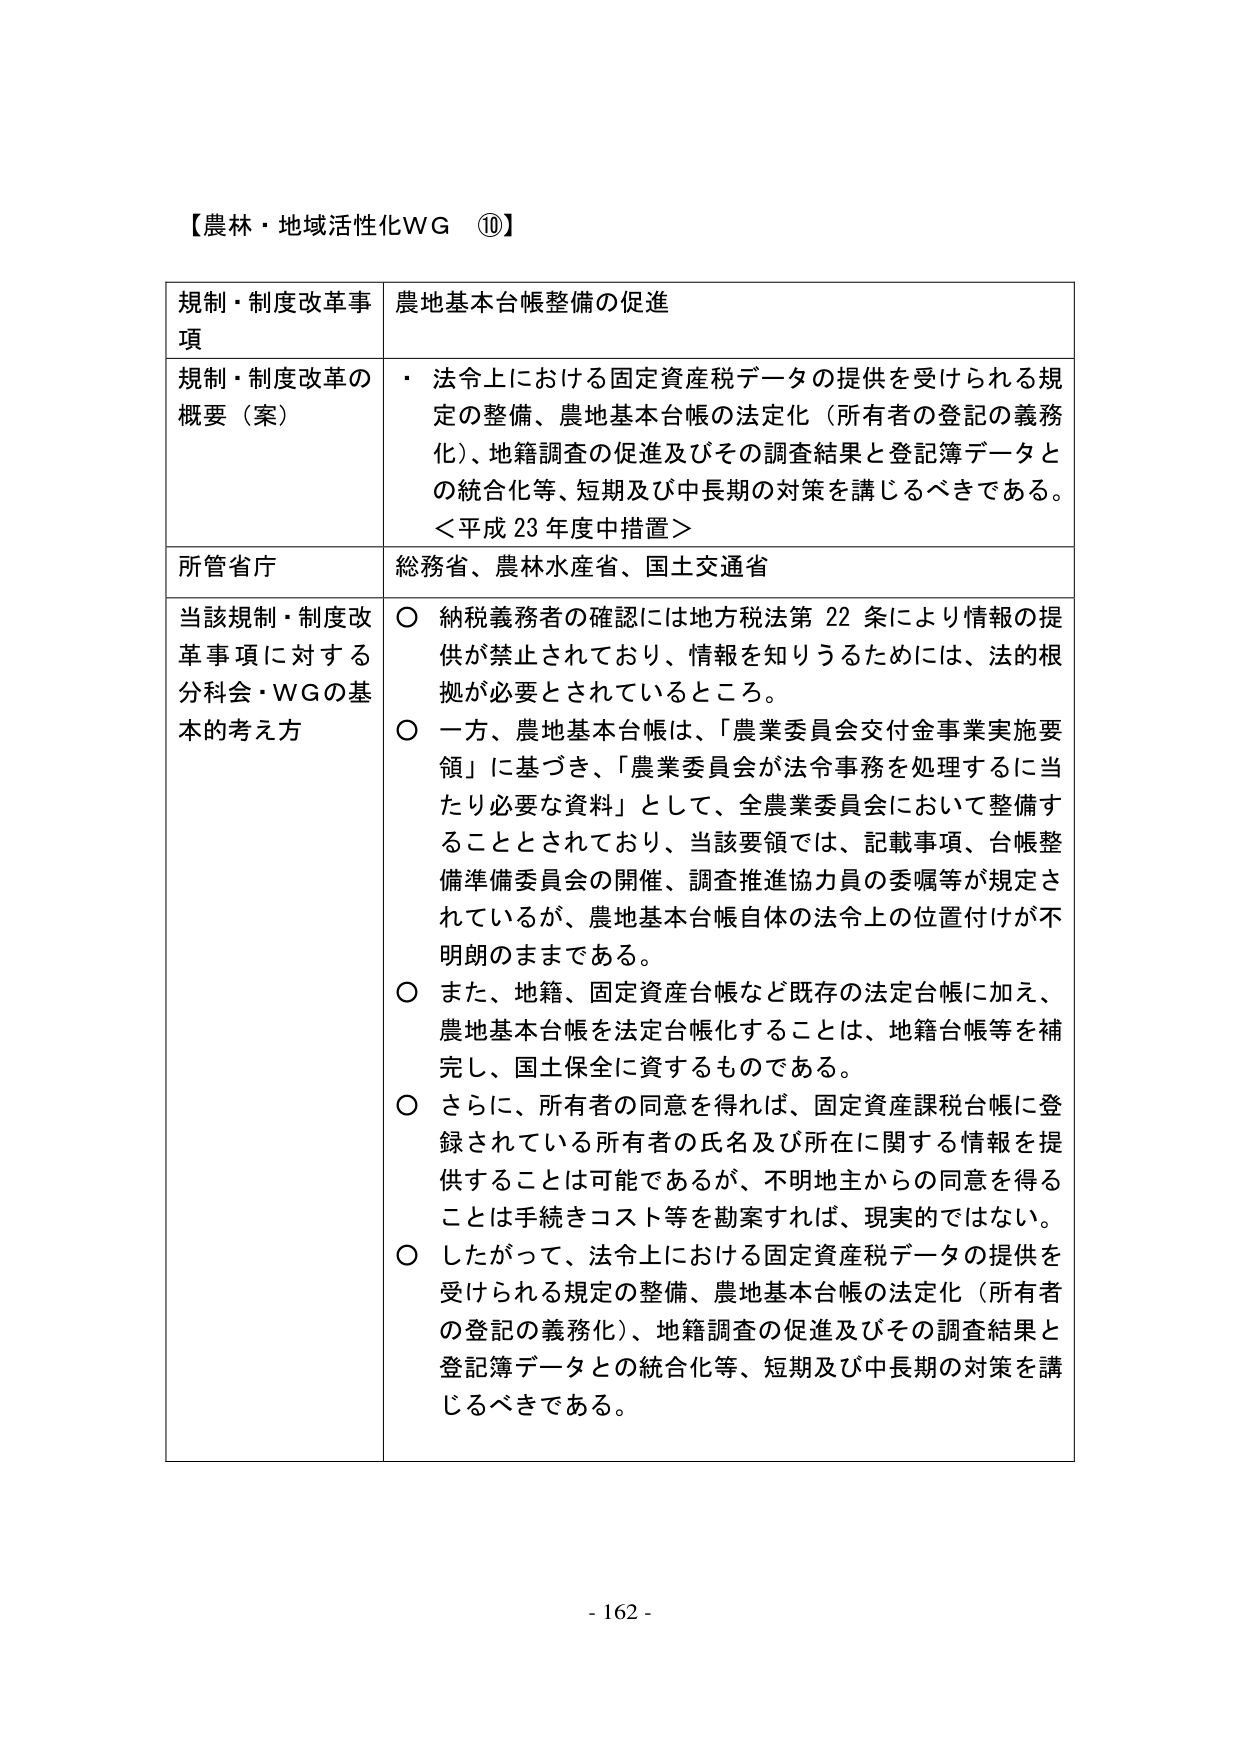
【農林・地域活性化WG ⑩】

規制・制度改革事項　農地基本台帳整備の促進

規制・制度改革の概要（案）　・ 法令上における固定資産税データの提供を受けられる規定の整備、農地基本台帳の法定化（所有者の登記の義務化）、地籍調査の促進及びその調査結果と登記簿データとの統合化等、短期及び中長期の対策を講じるべきである。
＜平成23年度中措置＞

所管省庁　総務省、農林水産省、国土交通省

当該規制・制度改革事項に対する分科会・WGの基本的考え方
○ 納税義務者の確認には地方税法第22条により情報の提供が禁止されており、情報を知りうるためには、法的根拠が必要とされているところ。
○ 一方、農地基本台帳は、「農業委員会交付金事業実施要領」に基づき、「農業委員会が法令事務を処理するに当たり必要な資料」として、全農業委員会において整備することとされており、当該要領では、記載事項、台帳整備準備委員会の開催、調査推進協力員の委嘱等が規定されているが、農地基本台帳自体の法令上の位置付けが不明朗のままである。
○ また、地籍、固定資産台帳など既存の法定台帳に加え、農地基本台帳を法定台帳化することは、地籍台帳等を補完し、国土保全に資するものである。
○ さらに、所有者の同意を得れば、固定資産課税台帳に登録されている所有者の氏名及び所在に関する情報を提供することは可能であるが、不明地主からの同意を得ることは手続コスト等を勘案すれば、現実的ではない。
○ したがって、法令上における固定資産税データの提供を受けられる規定の整備、農地基本台帳の法定化（所有者の登記の義務化）、地籍調査の促進及びその調査結果と登記簿データとの統合化等、短期及び中長期の対策を講じるべきである。

- 162 -